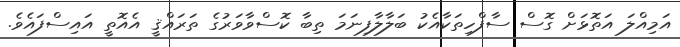
އަމިއްލަ އަތޮޅަށް ގޮސް ސާފްހިތަކާއެކު ބަލާލާފިނަމަ ތިބާ ކޮސްވާވަރުގެ ތަރައްޤީ އެއޮތީ އައިސްފައެވެ.